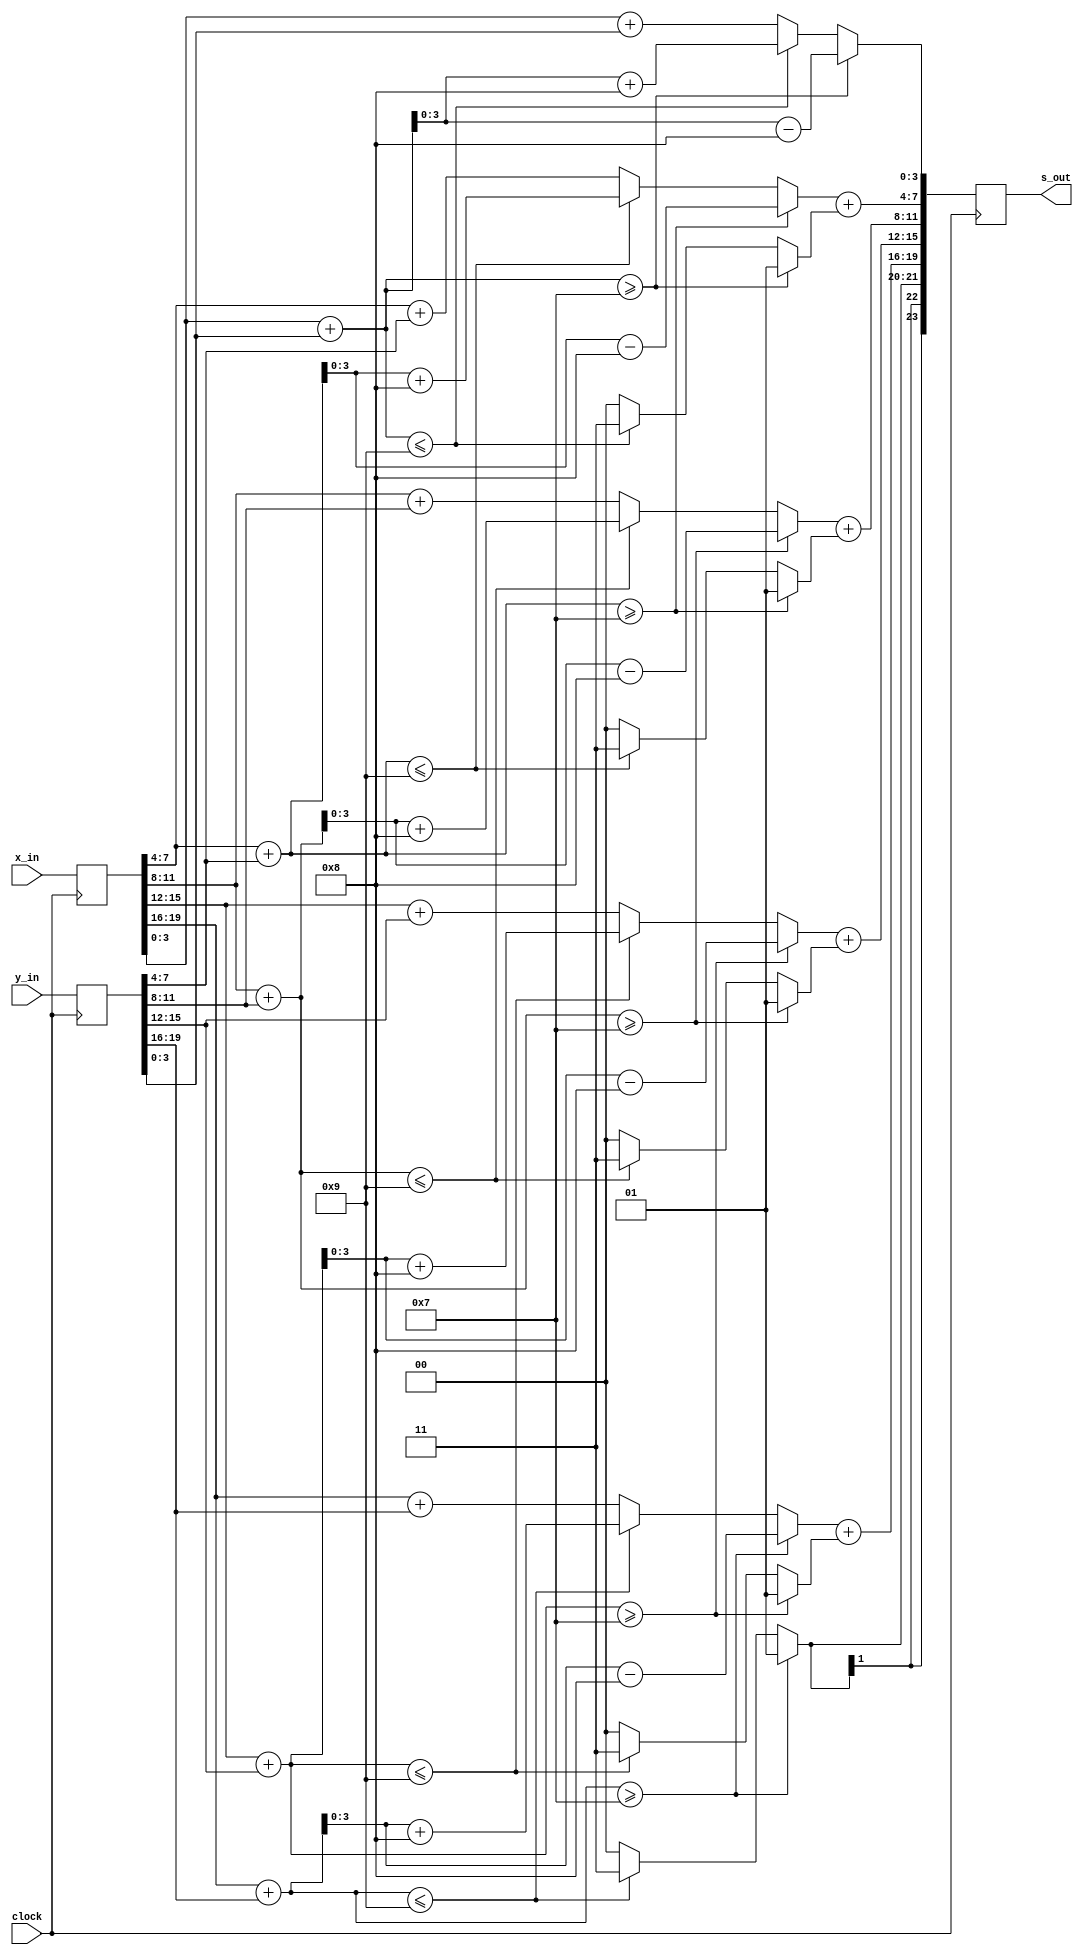
//generalized parallel online adder for radix > 2

module rRp_add_clocked(
	x_in,
	y_in,
	s_out,
	clock
);

parameter RADIX = 8;
parameter WIDTH = 5; //number of digits
localparam A = RADIX - 1;
localparam D = $clog2(RADIX) + 1; //bitwidth of each digit
localparam N = D*WIDTH; //bitwidth of each input
localparam tN = 2*WIDTH; //bitwidth of t

integer i;

input [(N-1):0] x_in, y_in;
output [((N-1)+D):0] s_out;
input clock;
(* altera_attribute = "-name AUTO_SHIFT_REGISTER_RECOGNITION OFF" *) (* preserve="true" *) reg [(N-1):0] x, y;
(* altera_attribute = "-name AUTO_SHIFT_REGISTER_RECOGNITION OFF" *) (* preserve="true" *) reg [((N-1)+D):0] s_out, s;

reg [(tN-1):0] t;

//nessessary for signed addition/comparison
reg signed [(D-1):0] x_i, y_i;
reg signed [1:0] t_im1;

always@(posedge clock) begin
	x<=x_in;
	y<=y_in;
	s_out<=s;
end

generate
if (RADIX == 2) begin
	reg [N-1:0] z;
	reg [WIDTH-1:0] h , w;
	reg signed [1:0] z_i, z_h;

	always@(x, y) begin
		for(i=0; i < WIDTH; i = i+1) begin
			x_i = x[i*2 +: 2];
			y_i = y[i*2 +: 2]; 
			h[i] = ((x_i+y_i)>0)? 1'd1: 1'd0;
			z[i*2 +: 2] = ((x_i+y_i)>0)? (x_i+y_i-2'd2) : (x_i+y_i);
		end
		
		z_i = z[1:0];
		w[0] = (z_i<0)? (z_i+2'd2): z_i;
		t[1:0] = (z_i<0)? -2'd1: 2'd0;

		for(i=1; i<WIDTH; i = i+1) begin
			z_i = z[i*2 +: 2];
			z_h = z_i + h[i-1];
//			$display ("z[%0d +: %0d] = %0d ('b%0b)", i*2, 2, z_i, z_i);
//			$display ("h[%0d] = %0d ('b%0b)", i-1, h[i-1], h[i-1]);
//			$display ("z+h = %0d ('b%0b)", z_i+h[i-1], z_i+h[i-1]);
			w[i] = (z_h<0)? (z_h+2'd2): (z_h);
			t[i*2 +: 2] = (z_h<0)? -2'd1: 2'd0;
		end

		s[N+1:N] <= h[WIDTH-1] + t[tN-1:tN-2];
		s[1:0] <= w[0];

		for(i=1; i<WIDTH; i=i+1) begin
			t_im1 = t[(i-1)*2 +: 2];
			s[i*2 +: 2] <= w[i] + t_im1;
		end
	end
end else begin
	reg [(N-1):0] w;
	reg signed [(D-1): 0] w_i;
	always @(x, y) begin
		for(i = 0; i < WIDTH; i = i+1) begin
			x_i = x[i*D +: D];
			y_i = y[i*D +: D];
			//$display ("x[%0d +: %0d] = %0d ('b%0b)", i*D, D, x_i, x_i);
			//$display ("y[%0d +: %0d] = %0d ('b%0b)", i*D, D, y_i, y_i);
			//$display ("x+y = %0d ('b%0b)", x_i+y_i, x_i+y_i);
			if(x_i+y_i >= A) begin
				t[i*2 +: 2] = 2'd1;
				w[i*D +: D] = x_i + y_i - RADIX;
			end else if (x_i+y_i <= -A) begin
				t[i*2 +: 2] = -2'd1;
				w[i*D +: D] = x_i + y_i + RADIX;
			end else begin
				t[i*2 +: 2] = 2'd0;
				w[i*D +: D] = x_i + y_i;
			end
		end
		
		//$display ("s[%0d : %0d] <= t[%0d : %0d] ('b%0b)", (N-1)+D, N, x_i, x_i, t[tN-1:tN-2]);
		s[(N-1)+D:N] <= { {(D-2){t[tN-1]}}, t[tN-1:tN-2]};
		s[(D-1):0] <= w[(D-1):0];
		
		for(i=1; i<WIDTH; i=i+1) begin
			w_i = w[i*D +: D];
			t_im1 = t[(i-1)*2 +: 2];
			s[i*D +: D] <= w_i + t_im1;
		end
	end
end endgenerate

endmodule